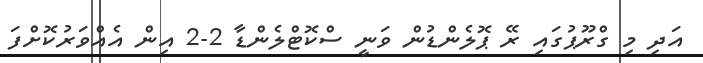
އަދި މި ގްރޫޕުގައި ރޭ ޕޮލެންޑުން ވަނީ ސްކޮޓްލެންޑާ 2-2 އިން އެއްވަރުކޮށްފަ